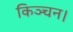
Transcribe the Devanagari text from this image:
किञ्चन।